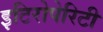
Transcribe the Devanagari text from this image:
इटिरोपेरिटी